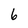
Character: 6